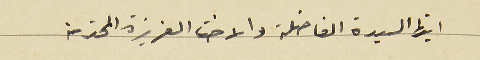
ايتها السيدة الفاضلة والاخت العزيزة المحترمة